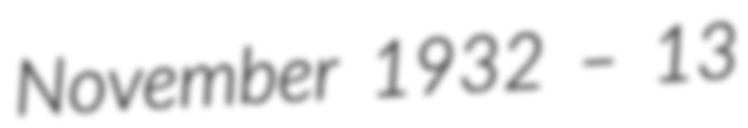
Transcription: November 1932 – 13